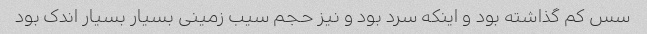
سس کم گذاشته بود و اینکه سرد بود و نیز حجم سیب زمینی بسیار بسیار اندک بود